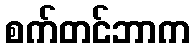
စက်တင်ဘာက